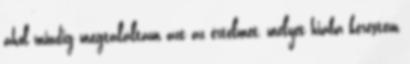
ahol mindig megtaláltam azt az értelmet, melyet hiába kerestem